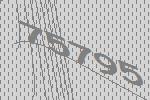
75795